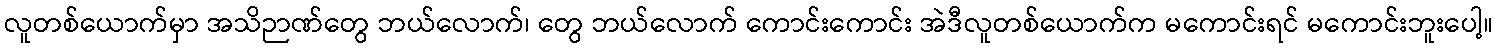
လူတစ်ယောက်မှာ အသိဉာဏ်တွေ ဘယ်လောက်၊ တွေ ဘယ်လောက် ကောင်းကောင်း အဲဒီလူတစ်ယောက်က မကောင်းရင် မကောင်းဘူးပေါ့။